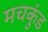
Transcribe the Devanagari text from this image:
मचकुंड